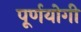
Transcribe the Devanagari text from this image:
पूर्णयोगी